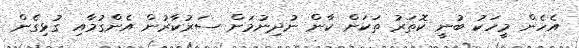
އެހެން މީހަކު ބުނީ ކޮތަރު ތަކަށް ކާން ނުދިނުމަށް ސަރުކާރުން އެންގުމާއި ގުޅިގެން